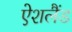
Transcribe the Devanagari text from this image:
ऐशलैंड